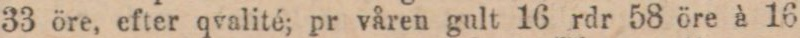
33 öre, efter qvalité; pr våren gult 16 rdr 58 öre à 16